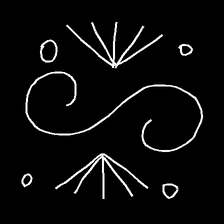
Glyph: aeroform